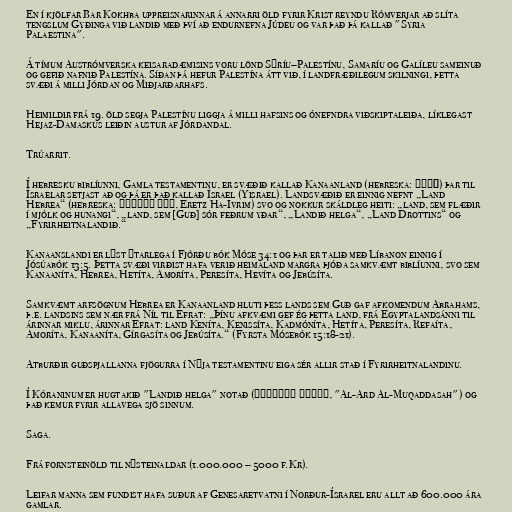
En í kjölfar Bar Kokhba uppreisnarinnar á annarri öld fyrir Krist reyndu Rómverjar að slíta
tengslum Gyðinga við landið með því að endurnefna Júdeu og var það þá kallað "Syria
Palaestina".

Á tímum Austrómverska keisaradæmisins voru lönd Sýríu–Palestínu, Samaríu og Galíleu sameinuð
og gefið nafnið Palestína. Síðan þá hefur Palestína átt við, í landfræðilegum skilningi, þetta
svæði á milli Jórdan og Miðjarðarhafs.

Heimildir frá 19. öld segja Palestínu liggja á milli hafsins og ónefndra viðskiptaleiða, líklegast
Hejaz-Damaskus leiðin austur af Jórdandal.

Trúarrit.

Í hebresku biblíunni, Gamla testamentinu, er svæðið kallað Kanaanland (hebreska: כּנען) þar til
Ísraelar setjast að og þá er það kallað Ísrael (Yisrael). Landsvæðið er einnig nefnt „Land
Hebrea“ (hebreska: ארץ העברים, Eretz Ha-Ivrim) svo og nokkur skáldleg heiti: „land, sem flæðir
í mjólk og hunangi“, „land, sem [Guð] sór feðrum yðar“, „Landið helga“, „Land Drottins“ og
„Fyrirheitnalandið.“

Kanaanslandi er lýst ýtarlega í Fjórðu bók Móse 34:1 og þar er talið með Líbanon einnig í
Jósúabók 13:5. Þetta svæði virðist hafa verið heimaland margra þjóða samkvæmt biblíunni, svo sem
Kanaaníta, Hebrea, Hetíta, Amoríta, Peresíta, Hevíta og Jebúsíta.

Samkvæmt arfsögnum Hebrea er Kanaanland hluti þess lands sem Guð gaf afkomendum Abrahams,
þ.e. landsins sem nær frá Níl til Efrat: „Þínu afkvæmi gef ég þetta land, frá Egyptalandsánni til
árinnar miklu, árinnar Efrat: land Keníta, Kenissíta, Kadmóníta, Hetíta, Peresíta, Refaíta,
Amoríta, Kanaaníta, Gírgasíta og Jebúsíta.“ (Fyrsta Mósebók 15:18-21).

Atburðir guðspjallanna fjögurra í Nýja testamentinu eiga sér allir stað í Fyrirheitnalandinu.

Í Kóraninum er hugtakið "Landið helga" notað (الأرض المقدسة, "Al-Ard Al-Muqaddasah") og
það kemur fyrir allavega sjö sinnum.

Saga.

Frá fornsteinöld til nýsteinaldar (1.000.000 – 5000 f.Kr).

Leifar manna sem fundist hafa suður af Genesaretvatni í Norður-Ísrarel eru allt að 600.000 ára
gamlar.